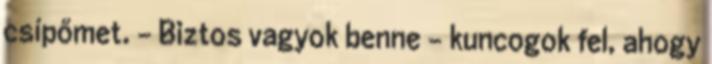
csípőmet. - Biztos vagyok benne - kuncogok fel, ahogy